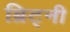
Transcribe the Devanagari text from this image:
ब्रिट्नी